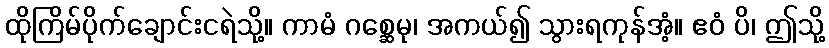
ထိုကြိမ်ပိုက်ချောင်းငရဲသို့။ ကာမံ ဂစ္ဆေမု၊ အကယ်၍ သွားရကုန်အံ့။ ဧဝံ ပိ၊ ဤသို့